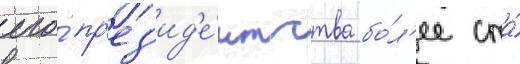
его́ пр'ез'ид'е́нтства бо́л'ее ста́